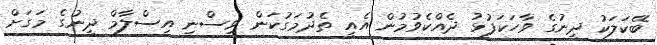
ބޭކަލަކު ދީނުގެ ވާހަކަފުޅު ދެއްކެވުމުން އެއީ ތެދުމަގުކަން ވިސްނި އިސްލާމް ދީނުގެ މަގަށް